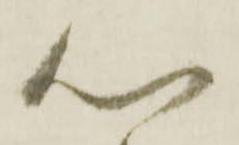
心